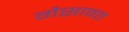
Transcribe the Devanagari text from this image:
गैसावत